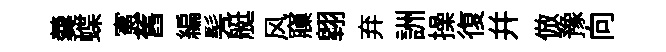
羹蝶憲舊編髣艇风䆿翺弃詶操復幷倣豫向